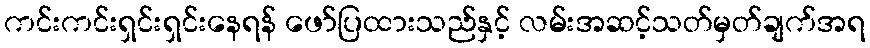
ကင်းကင်းရှင်းရှင်းနေရန် ဖော်ပြထားသည်နှင့် လမ်းအဆင့်သတ်မှတ်ချက်အရ